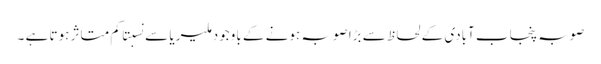
صوبہ پنجاب آبادی کے لحاظ سے بڑا صوبہ ہونے کے باوجود ملیریا سے نسبتا کم متاثر ہوتا ہے ۔